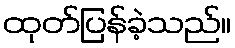
ထုတ်ပြန်ခဲ့သည်။